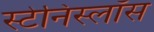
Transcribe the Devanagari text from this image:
स्टेनिस्लॉस